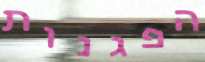
הפגנות